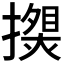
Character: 𰔯